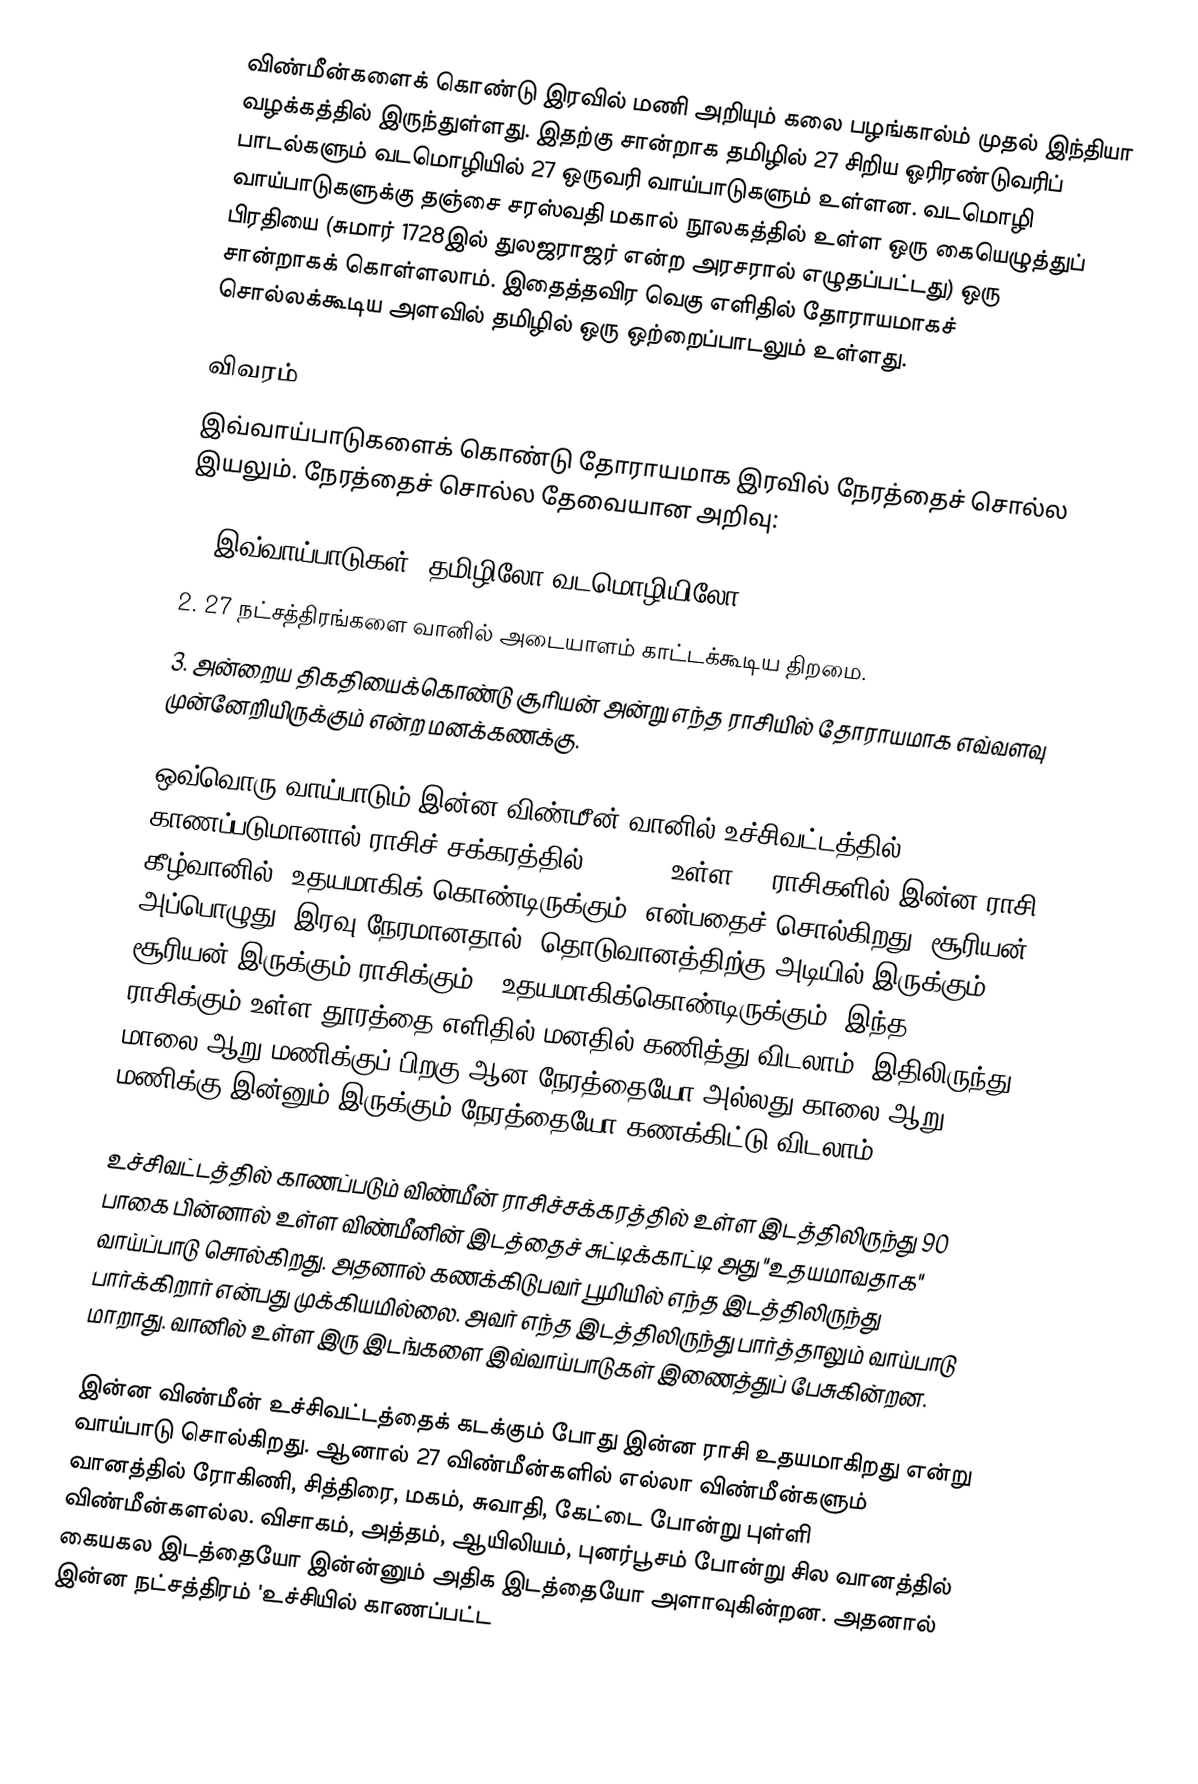
விண்மீன்களைக் கொண்டு இரவில் மணி அறியும் கலை பழங்கால்ம் முதல் இந்தியா வழக்கத்தில் இருந்துள்ளது. இதற்கு சான்றாக தமிழில் 27 சிறிய ஓரிரண்டுவரிப் பாடல்களும் வடமொழியில் 27  ஒருவரி வாய்பாடுகளும்  உள்ளன. வடமொழி வாய்பாடுகளுக்கு தஞ்சை சரஸ்வதி மகால் நூலகத்தில் உள்ள ஒரு கையெழுத்துப் பிரதியை (சுமார் 1728இல்  துலஜராஜர் என்ற அரசரால் எழுதப்பட்டது) ஒரு சான்றாகக் கொள்ளலாம்.  இதைத்தவிர  வெகு எளிதில்  தோராயமாகச் சொல்லக்கூடிய அளவில் தமிழில் ஒரு  ஒற்றைப்பாடலும் உள்ளது.

விவரம்
இவ்வாய்பாடுகளைக் கொண்டு தோராயமாக இரவில் நேரத்தைச் சொல்ல இயலும். நேரத்தைச் சொல்ல தேவையான அறிவு:

1. இவ்வாய்பாடுகள் (தமிழிலோ வடமொழியிலோ).
2. 27 நட்சத்திரங்களை வானில் அடையாளம் காட்டக்கூடிய திறமை.
3. அன்றைய திகதியைக்கொண்டு சூரியன் அன்று எந்த ராசியில் தோராயமாக எவ்வளவு முன்னேறியிருக்கும் என்ற மனக்கணக்கு.

ஒவ்வொரு வாய்பாடும் இன்ன விண்மீன் வானில் உச்சிவட்டத்தில் காணப்படுமானால் ராசிச் சக்கரத்தில்(Zodiac) உள்ள 12 ராசிகளில் இன்ன ராசி கீழ்வானில் "உதயமாகிக் கொண்டிருக்கும்"  என்பதைச் சொல்கிறது. சூரியன் அப்பொழுது (இரவு நேரமானதால்) தொடுவானத்திற்கு அடியில் இருக்கும். சூரியன் இருக்கும் ராசிக்கும், "உதயமாகிக்கொண்டிருக்கும்" இந்த ராசிக்கும் உள்ள தூரத்தை எளிதில் மனதில் கணித்து விடலாம். இதிலிருந்து மாலை ஆறு மணிக்குப் பிறகு ஆன நேரத்தையோ அல்லது காலை ஆறு மணிக்கு இன்னும் இருக்கும் நேரத்தையோ கணக்கிட்டு விடலாம்.

உச்சிவட்டத்தில் காணப்படும் விண்மீன் ராசிச்சக்கரத்தில் உள்ள இடத்திலிருந்து 90 பாகை பின்னால் உள்ள விண்மீனின் இடத்தைச் சுட்டிக்காட்டி அது  "உதயமாவதாக" வாய்ப்பாடு சொல்கிறது. அதனால் கணக்கிடுபவர் பூமியில் எந்த இடத்திலிருந்து பார்க்கிறார் என்பது முக்கியமில்லை. அவர் எந்த இடத்திலிருந்து பார்த்தாலும் வாய்பாடு மாறாது. வானில் உள்ள இரு இடங்களை இவ்வாய்பாடுகள் இணைத்துப் பேசுகின்றன.

இன்ன விண்மீன் உச்சிவட்டத்தைக் கடக்கும் போது இன்ன ராசி உதயமாகிறது என்று வாய்பாடு சொல்கிறது. ஆனால் 27 விண்மீன்களில் எல்லா விண்மீன்களும் வானத்தில்  ரோகிணி, சித்திரை, மகம், சுவாதி, கேட்டை போன்று புள்ளி விண்மீன்களல்ல. விசாகம், அத்தம், ஆயிலியம், புனர்பூசம் போன்று சில வானத்தில் கையகல இடத்தையோ இன்ன்னும் அதிக இடத்தையோ  அளாவுகின்றன. அதனால் இன்ன  நட்சத்திரம் 'உச்சியில் காணப்பட்ட